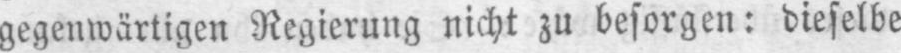
gegenwärtigen Regierung nicht zu besorgen: dieselbe